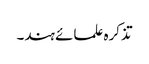
تذکرہ علمائے ہند۔